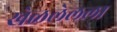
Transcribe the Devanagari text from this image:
खेळलेलला